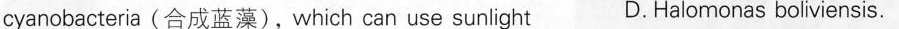
cyanobacteria(合成蓝藻),which can use sunlight D. Halomonas boliviensis.